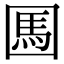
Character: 𡈊